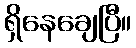
ရှိနေချေပြီ။